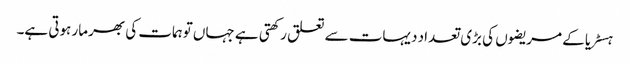
ہسٹریا کے مریضوں کی بڑی تعداد دیہات سے تعلق رکھتی ہے جہاں توہمات کی بھرمار ہوتی ہے۔